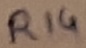
Text: R14